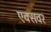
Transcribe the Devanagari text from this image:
एक्सवर